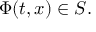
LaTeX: \Phi ( t , x ) \in S .